Problem: 8 × 8 = ?
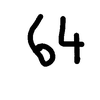
Handwritten answer: 64